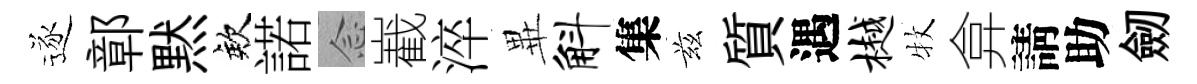
逐鄣黙欸諾𫝹嶻淬𭺾斛集兹質遇樾牧弇請助劒